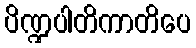
ပိဏ္ဍပါတိကာတိပေ